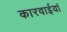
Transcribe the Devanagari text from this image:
कारवाईयां